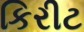
કિરીટ